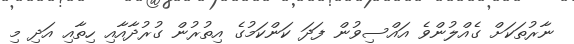
ނާރުތަކަށް ގެއްލުންވެ އައްސިވުން ފަދަ ކަންކަމުގެ އިތުރުން ގުރުދާއާއި ހިތާއި އަދި މި